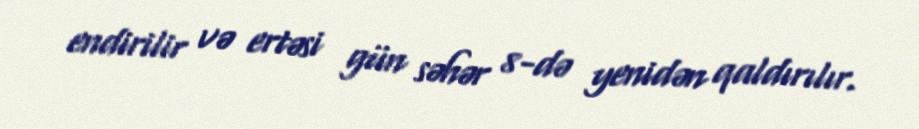
endirilir və ertəsi gün səhər 8-də yenidən qaldırılır.